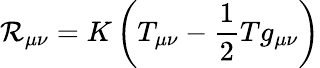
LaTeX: \mathcal{R}_{\mu\nu}=K\left(T_{\mu\nu}-{\frac{{1}}{{2}}}Tg_{\mu\nu}\right)